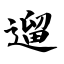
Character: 遛